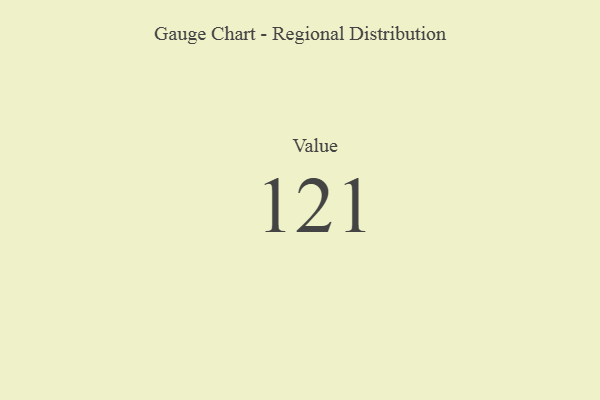
{"axis": {"x": "Metric", "y": "Value"}, "legend": [""], "data": [{"x": "Value", "y": 121, "type": ""}]}